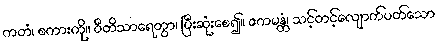
ကတံ၊ စကားကို။ ဝီတိသာရေတွာ၊ ပြီးဆုံးစေ၍။ ဧကမန္တံ၊ သင့်တင့်လျောက်ပတ်သော